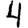
Digit: 4